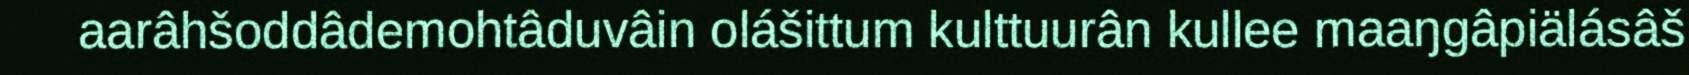
aarâhšoddâdemohtâduvâin olášittum kulttuurân kullee maaŋgâpiälásâš